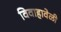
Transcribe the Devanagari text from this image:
विवाहावेळी